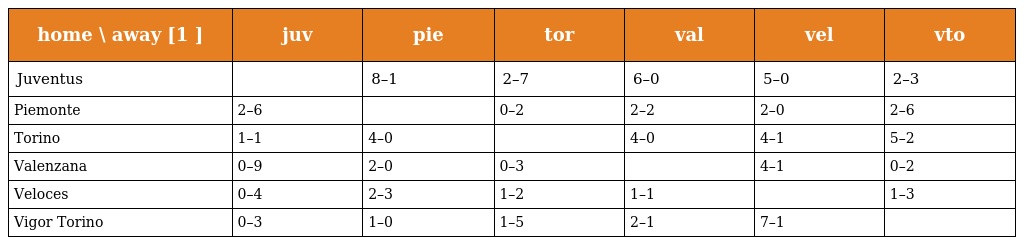
| home \ away [1 ] | juv | pie | tor | val | vel | vto |
 | --- | --- | --- | --- | --- | --- | --- |
 | Juventus |  | 8–1 | 2–7 | 6–0 | 5–0 | 2–3 |
 | Piemonte | 2–6 |  | 0–2 | 2–2 | 2–0 | 2–6 |
 | Torino | 1–1 | 4–0 |  | 4–0 | 4–1 | 5–2 |
 | Valenzana | 0–9 | 2–0 | 0–3 |  | 4–1 | 0–2 |
 | Veloces | 0–4 | 2–3 | 1–2 | 1–1 |  | 1–3 |
 | Vigor Torino | 0–3 | 1–0 | 1–5 | 2–1 | 7–1 |  |